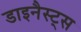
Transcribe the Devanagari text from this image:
डाइनैस्ट्स